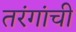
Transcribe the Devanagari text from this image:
तरंगांची